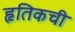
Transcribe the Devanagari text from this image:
हृतिकची